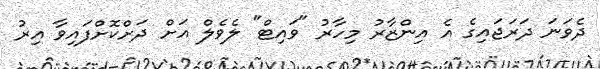
ދެވަނަ ދަރަޖައިގެ އެ އިންޒާރު މިހާރު "ވައިޓް" ލެވެލް އަށް ދަށްކޮށްފައިވާ އިރު